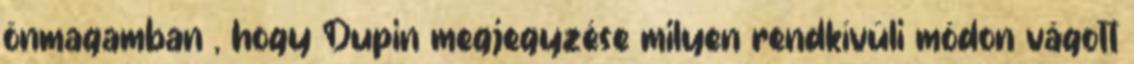
önmagamban , hogy Dupin megjegyzése milyen rendkívüli módon vágott